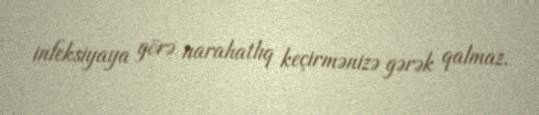
infeksiyaya görə narahatlıq keçirmənizə gərək qalmaz.